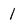
Character: l